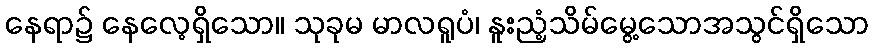
နေရာ၌ နေလေ့ရှိသော။ သုခုမ မာလရူပံ၊ နူးညံ့သိမ်မွေ့သောအသွင်ရှိသော